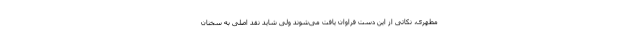
مطهری، نکاتی از این دست فراوان یافت می‌شوند ولی شاید نقد اصلی به سخنان